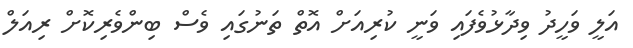
އަލީ ވަހީދު ވިދާޅުވެފައި ވަނީ ކުރިއަށް އޮތް ތަނުގައި ވެސް ބިންވެރިކޮށް ރިއަލް